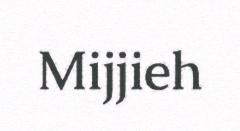
Mijjieh